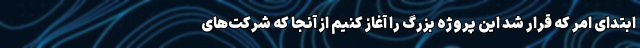
ابتدای امر که قرار شد این پروژه بزرگ را آغاز کنیم از آنجا که شرکت‌های